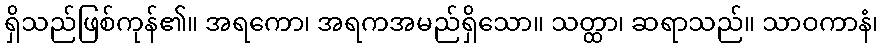
ရှိသည်ဖြစ်ကုန်၏။ အရကော၊ အရကအမည်ရှိသော။ သတ္ထာ၊ ဆရာသည်။ သာဝကာနံ၊